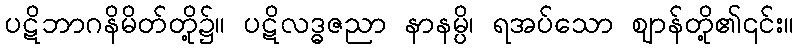
ပဋိဘာဂနိမိတ်တို့၌။ ပဋိလဒ္ဓဇညာ နာနမ္ပိ၊ ရအပ်သော ဈာန်တို့၏၎င်း။